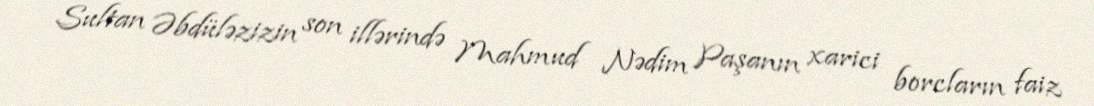
Sultan Əbdüləzizin son illərində Mahmud Nədim Paşanın xarici borcların faiz